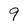
Character: 9